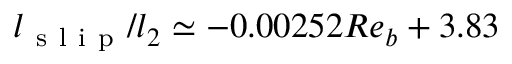
l _ { \mathrm { ~ s ~ l ~ i ~ p ~ } } / l _ { 2 } \simeq - 0 . 0 0 2 5 2 R e _ { b } + 3 . 8 3